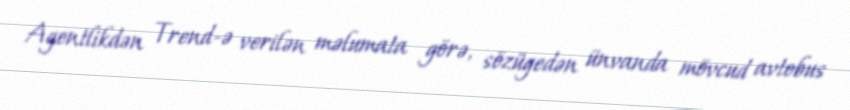
Agentlikdən Trend-ə verilən məlumata görə, sözügedən ünvanda mövcud avtobus